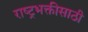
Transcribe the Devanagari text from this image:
राष्ट्रभक्तीसाठी